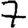
Digit: 7